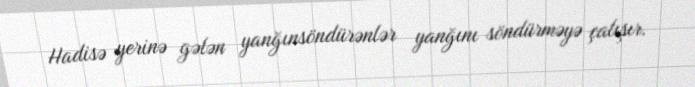
Hadisə yerinə gələn yanğınsöndürənlər yanğını söndürməyə çalışır.